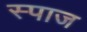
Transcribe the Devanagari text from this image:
स्पाज